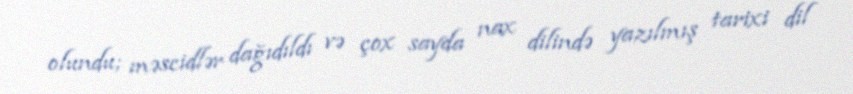
olundu; məscidlər dağıdıldı və çox sayda nax dilində yazılmış tarixi dil